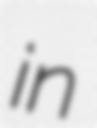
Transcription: in